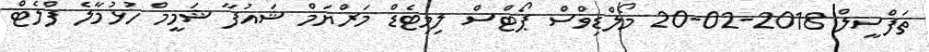
ތަފްސީލް 2018-02-20 މޯލްޑިވްސް ޕޯޓްސް ލިމިޓެޑް މަރްޔަމް ޝައުފާ ޝަމީމް ހުޅުމާލެ ފްލެޓް